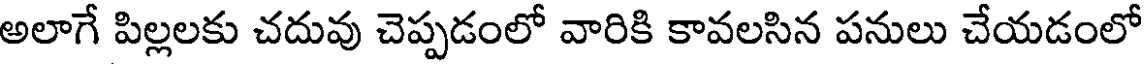
అలాగే పిల్లలకు చదువు చెప్పడంలో వారికి కావలసిన పనులు చేయడంలో